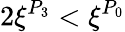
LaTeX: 2\xi^{P_{3}}<\xi^{P_{0}}